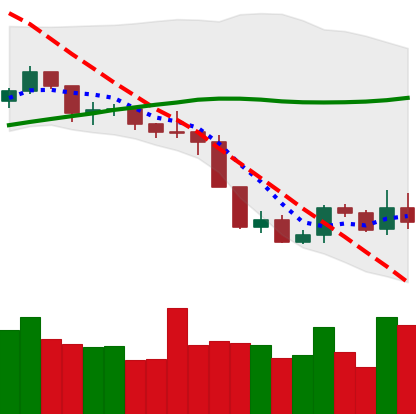
Ticker: BNB-USD
Chart end date: 2019-09-06
Forward return: -5.66%
Label: down_5_7